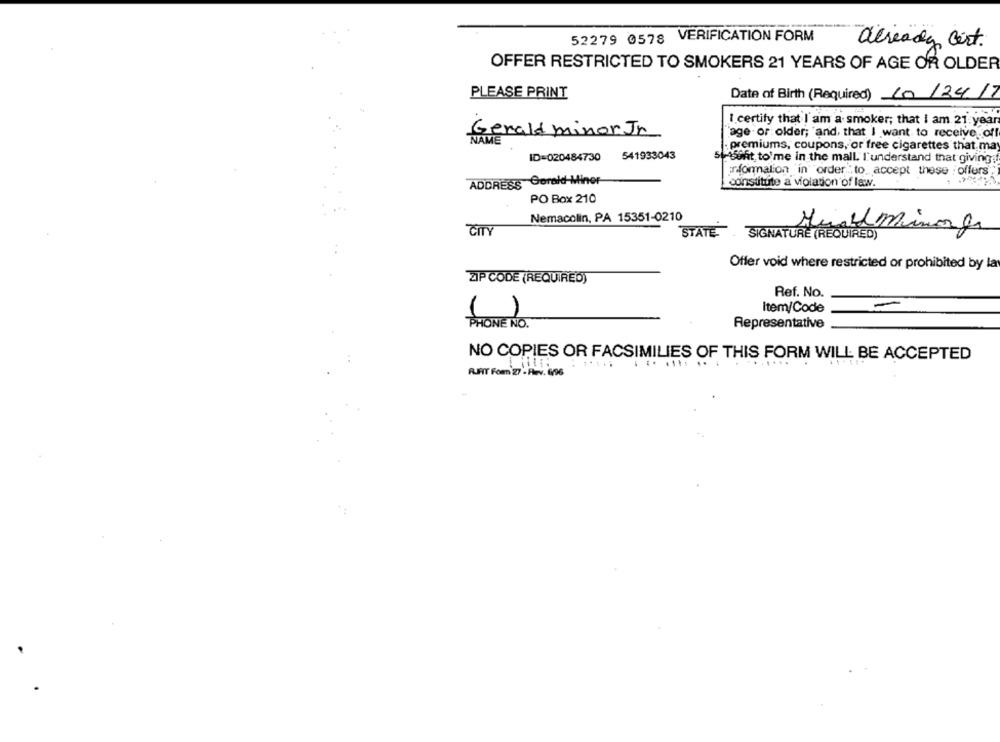
52279 0578 VERIFICATION FORM
already Cert.
OFFER RESTRICTED TO SMOKERS 21 YEARS OF AGE OR OLDER
PLEASE PRINT
Date of Birth (Required) 10/2417
I certify that'I'am a smoker; that I am 21 year
erald minor Jn
NAME
age or older; and, that I want to receive off
. premiums, coupons, or free cigarettes that ma
541933043
ID=020484730
Statsont to'me in the mall. I'understand that giving
normalion in order." to. accept these :offers
ADDRESS Gerald-Miner
constitute a violation of law.
PO Box 210
Nemacolin, PA 15351-0210
ČITY
STATE SIGNATURE (REQ
RED)
Offer void where restricted or prohibited by la
ZIP CODE (REQUIRED)
Ref. No.
Item/Code
HONE NO
Representative
NO COPIES OR FACSIMILIES OF THIS FORM WILL BE ACCEPTED
RUFT Form 27 - Hev. 696